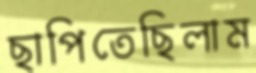
ছাপিতেছিলাম